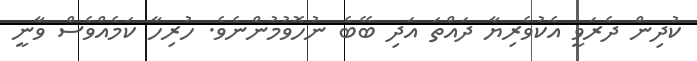
ކުދިން ދެރަވީ އެކުވެރިޔާ ދައްތަ އަދި ބޭބެ ނުހޮވުމުންނެވެ. ހުރިހާ ކަމެއްވެސް ވާނީ